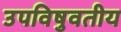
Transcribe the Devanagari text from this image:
उपविषुवतीय